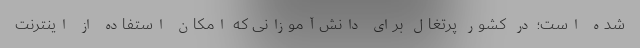
شده است؛ در کشور پرتغال برای دانش‌آموزانی که امکان استفاده از اینترنت